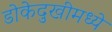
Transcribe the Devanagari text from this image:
डोकेदुखीमध्ये